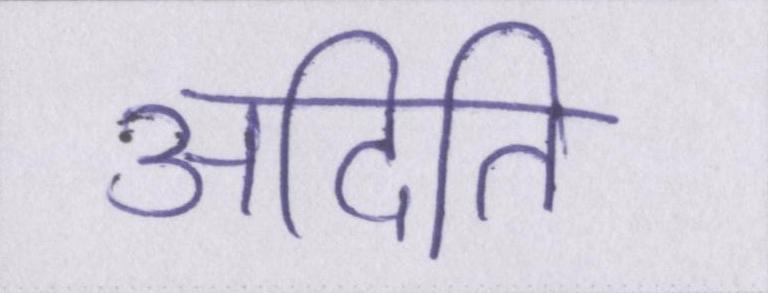
अदिति